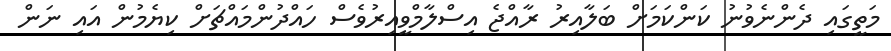
މަތީގައި ދެންނެވުނު ކަންކަމަށް ބަލާއިރު ރާއްޖެ އިސްލާމްވީއިރުވެސް ހައްދުންމައްޗަށް ކިޔެމުން އައި ނަން